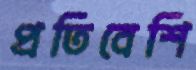
প্রতিবেশি